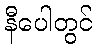
နီပေါတွင်